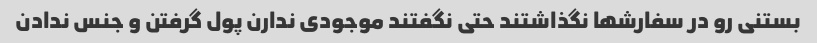
بستنی رو در سفارشها نگذاشتند حتی نگفتند موجودی ندارن پول گرفتن و جنس ندادن